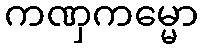
ကဏှကမ္မော